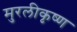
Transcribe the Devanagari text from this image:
मुरलीकृष्ण